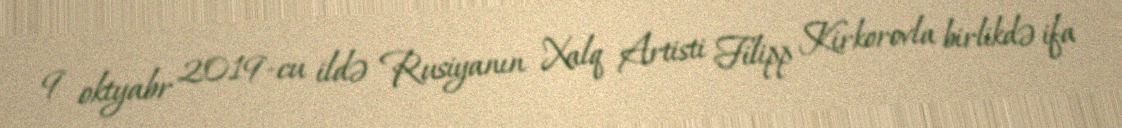
9 oktyabr 2019-cu ildə Rusiyanın Xalq Artisti Filipp Kirkorovla birlikdə ifa